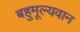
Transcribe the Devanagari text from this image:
बहुमूल्यवान